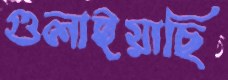
গুলাইয়াছি